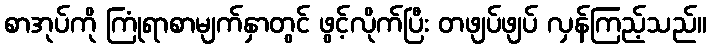
စာအုပ်ကို ကြုံရာစာမျက်နှာတွင် ဖွင့်လိုက်ပြီး တဖျပ်ဖျပ် လှန်ကြည့်သည်။